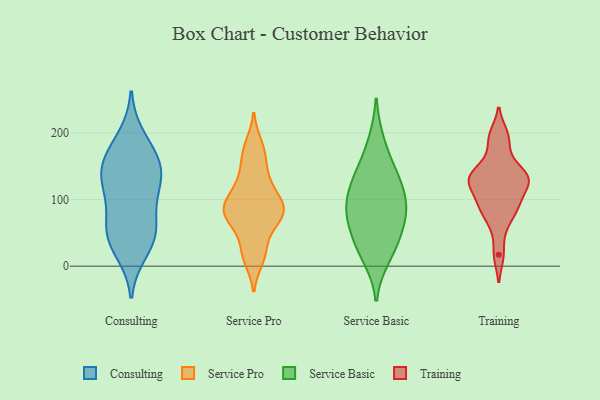
{"axis": {"x": "Market Share (%)", "y": "Value"}, "legend": ["Consulting", "Service Basic", "Service Pro", "Training"], "data": [{"x": "", "y": 23, "type": "Consulting"}, {"x": "", "y": 61, "type": "Consulting"}, {"x": "", "y": 155, "type": "Consulting"}, {"x": "", "y": 156, "type": "Consulting"}, {"x": "", "y": 128, "type": "Consulting"}, {"x": "", "y": 167, "type": "Consulting"}, {"x": "", "y": 40, "type": "Consulting"}, {"x": "", "y": 192, "type": "Consulting"}, {"x": "", "y": 55, "type": "Consulting"}, {"x": "", "y": 135, "type": "Consulting"}, {"x": "", "y": 50, "type": "Consulting"}, {"x": "", "y": 119, "type": "Consulting"}, {"x": "", "y": 104, "type": "Consulting"}, {"x": "", "y": 73, "type": "Service Pro"}, {"x": "", "y": 130, "type": "Service Pro"}, {"x": "", "y": 93, "type": "Service Pro"}, {"x": "", "y": 33, "type": "Service Pro"}, {"x": "", "y": 96, "type": "Service Pro"}, {"x": "", "y": 79, "type": "Service Pro"}, {"x": "", "y": 81, "type": "Service Pro"}, {"x": "", "y": 10, "type": "Service Pro"}, {"x": "", "y": 71, "type": "Service Pro"}, {"x": "", "y": 170, "type": "Service Pro"}, {"x": "", "y": 117, "type": "Service Pro"}, {"x": "", "y": 70, "type": "Service Pro"}, {"x": "", "y": 150, "type": "Service Pro"}, {"x": "", "y": 18, "type": "Service Pro"}, {"x": "", "y": 182, "type": "Service Pro"}, {"x": "", "y": 100, "type": "Service Pro"}, {"x": "", "y": 14, "type": "Service Basic"}, {"x": "", "y": 85, "type": "Service Basic"}, {"x": "", "y": 133, "type": "Service Basic"}, {"x": "", "y": 186, "type": "Service Basic"}, {"x": "", "y": 37, "type": "Service Basic"}, {"x": "", "y": 30, "type": "Service Basic"}, {"x": "", "y": 143, "type": "Service Basic"}, {"x": "", "y": 101, "type": "Service Basic"}, {"x": "", "y": 126, "type": "Service Basic"}, {"x": "", "y": 64, "type": "Service Basic"}, {"x": "", "y": 80, "type": "Service Basic"}, {"x": "", "y": 85, "type": "Service Basic"}, {"x": "", "y": 189, "type": "Training"}, {"x": "", "y": 84, "type": "Training"}, {"x": "", "y": 135, "type": "Training"}, {"x": "", "y": 91, "type": "Training"}, {"x": "", "y": 94, "type": "Training"}, {"x": "", "y": 197, "type": "Training"}, {"x": "", "y": 62, "type": "Training"}, {"x": "", "y": 130, "type": "Training"}, {"x": "", "y": 135, "type": "Training"}, {"x": "", "y": 156, "type": "Training"}, {"x": "", "y": 128, "type": "Training"}, {"x": "", "y": 17, "type": "Training"}, {"x": "", "y": 131, "type": "Training"}, {"x": "", "y": 114, "type": "Training"}]}